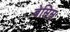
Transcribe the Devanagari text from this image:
बेसिस